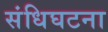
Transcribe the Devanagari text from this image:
संधिघटना